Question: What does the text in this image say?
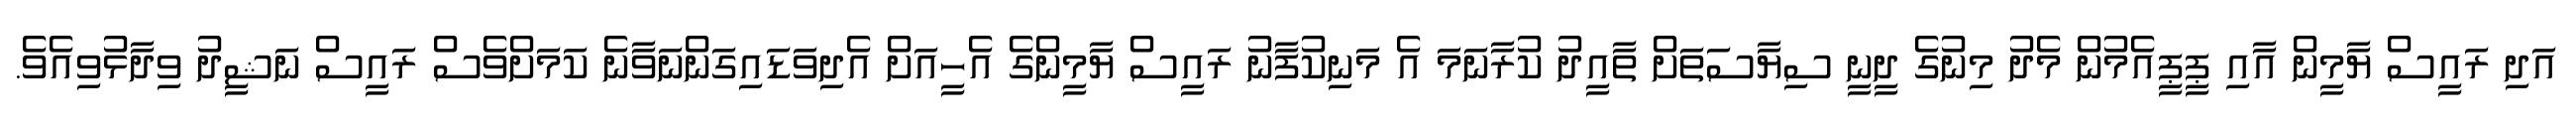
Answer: އަދި ރައީސް ޔާމީން އާއި ޕީޕީއެމުން މެދު މިނުގެ ދީނީ ސިޔާސަތަށް ތާއީދު ކުރާނަމަ އެ މަނިކުފާނު ރައީސް ޔާމީންގެ އެހީއަށް އެދިވަޑައިގަންނަވާނެ ކަމަށްވެސް ރައީސް ނަޝީދު ވިދާޅުވިއެވެ.